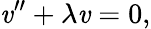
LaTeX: \mathit{v}^{\prime\prime}+\lambda\mathit{v}=0,